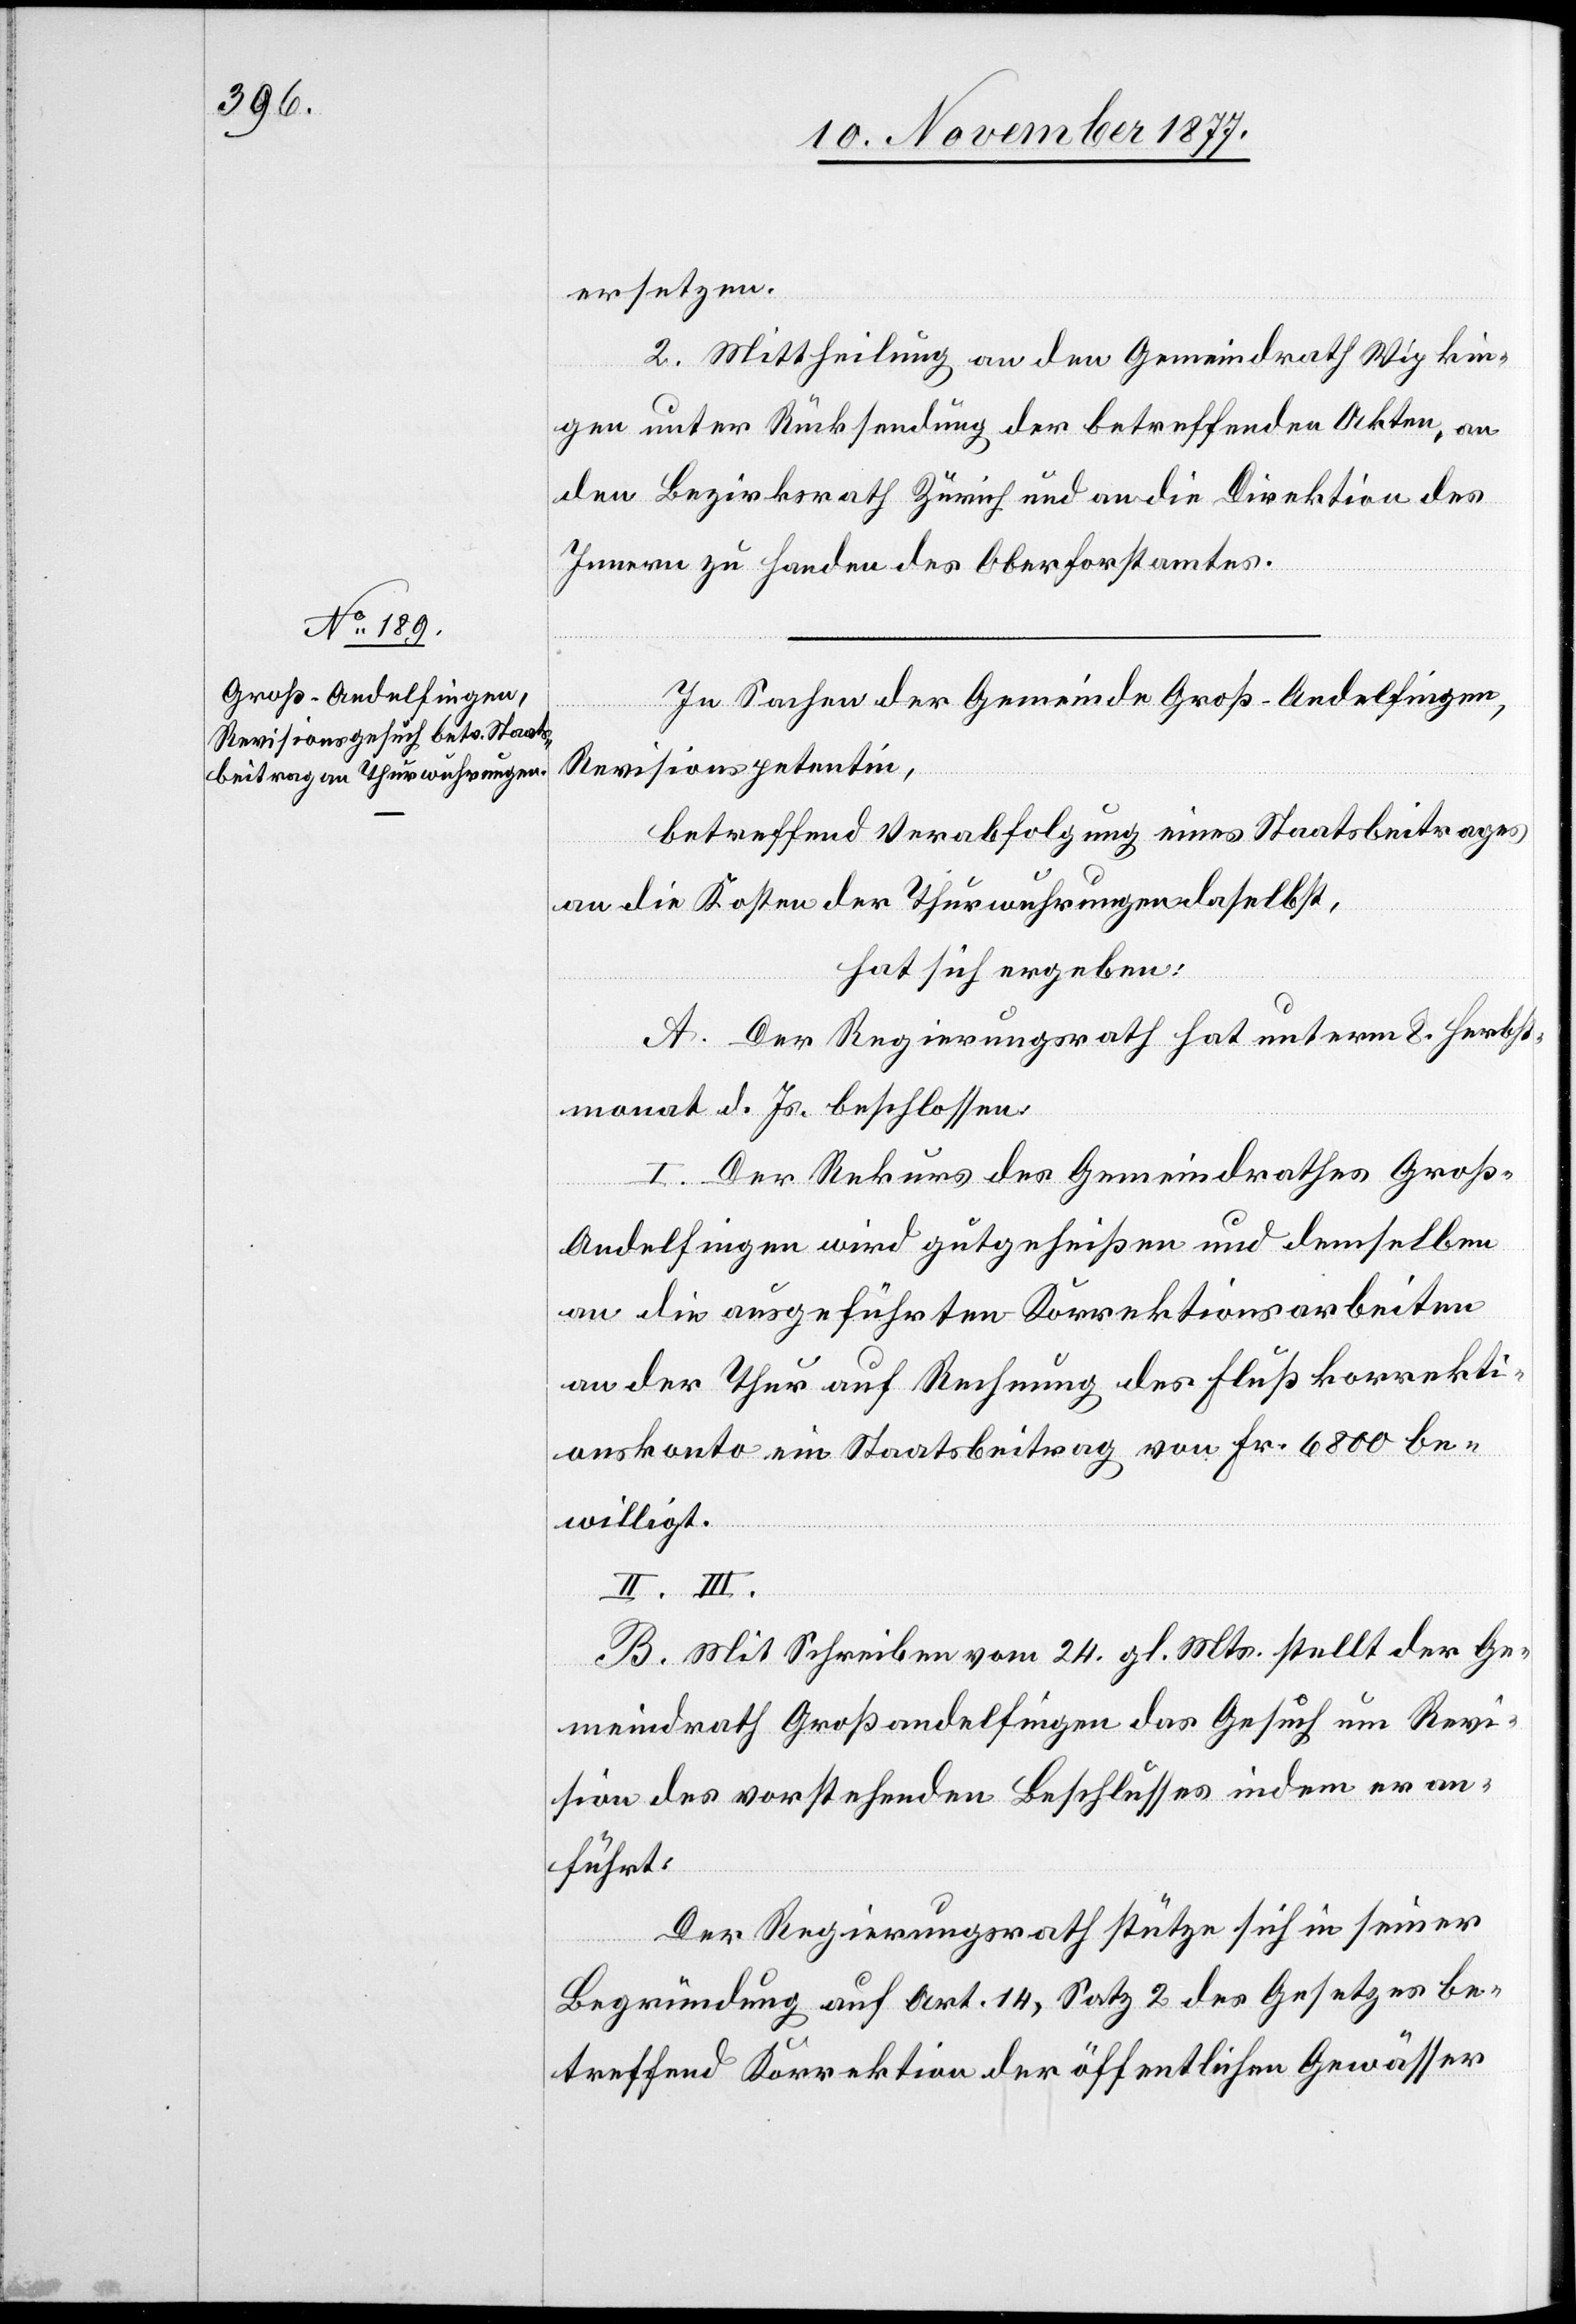
ersetzen.
2. Mittheilung an den Gemeindrath Wipkin¬
gen unter Rücksendung der betreffenden Akten, an
den Bezirksrath Zürich und an die Direktion des
Innern zu Handen des Oberforstamtes.
In Sachen der Gemeinde Groß-Andelfingen,
Revisionspetentin,
betreffend Verabfolgung eines Staatsbeitrages
an die Kosten der Thurwuhrungen daselbst,
hat sich ergeben:
A. Der Regierungsrath hat unterm 8. Herbst¬
monat d. Js. beschlossen:
I. Der Rekurs des Gemeindrathes Groß-A¬
ndelfingen wird gutgeheißen und demselben
an die ausgeführten Korrektionsarbeiten
an der Thur auf Rechnung des Flußkorrekti¬
onskonto ein Staatsbeitrag von Fr. 6800 be¬
willigt.
II. III.
B. Mit Schreiben vom 24. gl. Mts. stellt der Ge¬
meindrath Großandelfingen das Gesuch um Revi¬
sion des vorstehenden Beschlusses indem er an¬
führt:
Der Regierungsrath stütze sich in seiner
Begründung auf Art. 14, Satz 2 des Gesetzes be¬
treffend Korrektion der öffentlichen Gewässer